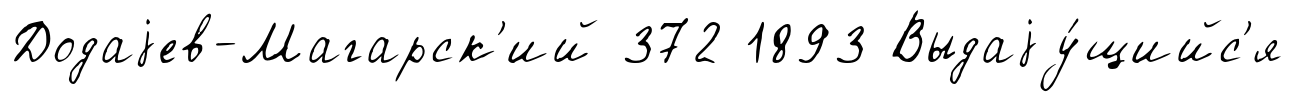
Додаjев-Магарск'ий 372 1893 Выдаjу́щийс'я